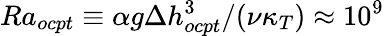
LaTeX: Ra_{ocpt}\equiv\alpha g\Delta h_{ocpt}^{3}/(\nu\kappa_{T})\approx 10^{9}